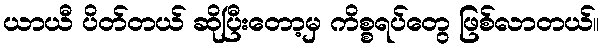
ယာယီ ပိတ်တယ် ဆိုပြီးတော့မှ ကိစ္စရပ်တွေ ဖြစ်လာတယ်။